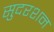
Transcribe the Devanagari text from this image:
सुदरशन